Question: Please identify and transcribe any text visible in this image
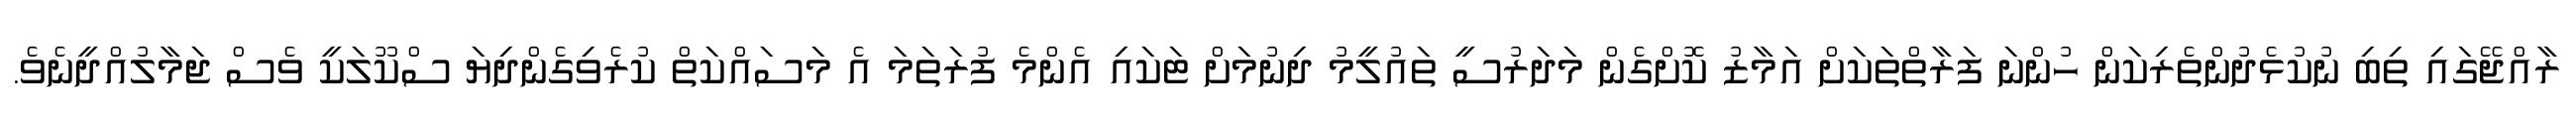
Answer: ރާއްޖޭގައި ތިބި ނުކުޅެދުންތެރިކަން ހުންނަ ފަރާތްތަކަށް އަމާޒު ކޮށްގެން މަދަރުސީ ތައުލީމު ދިނުމަށް ޓަކައި އެންމެ ފުރަތަމަ އެ މަސައްކަތް ކުރެވިގެންދިޔަ ސްކޫލަކީ ވެސް ޖަމާލުއްދީނެވެ.